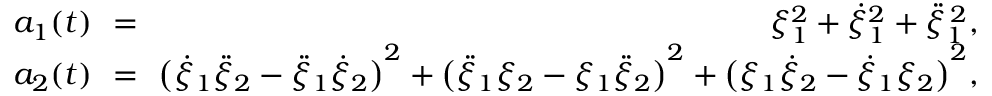
\begin{array} { r l r } { a _ { 1 } ( t ) } & { \! \! = \! \! } & { \xi _ { 1 } ^ { 2 } + \dot { \xi } _ { 1 } ^ { 2 } + \ddot { \xi } _ { 1 } ^ { \, 2 } , } \\ { a _ { 2 } ( t ) } & { \! \! = \! \! } & { { \big ( \dot { \xi } _ { 1 } \ddot { \xi } _ { 2 } - \ddot { \xi } _ { 1 } \dot { \xi } _ { 2 } \big ) } ^ { 2 } + { \big ( \ddot { \xi } _ { 1 } \xi _ { 2 } - \xi _ { 1 } \ddot { \xi } _ { 2 } \big ) } ^ { 2 } + { \big ( \xi _ { 1 } \dot { \xi } _ { 2 } - \dot { \xi } _ { 1 } \xi _ { 2 } \big ) } ^ { 2 } , } \end{array}